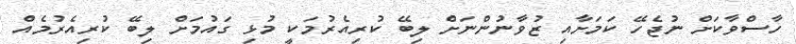
ހާސްވާކަށް ނުޖެހޭ ކަމަށާއި ޒުވާނުންނަށް ލިބޭ ކުރިއެރުމަކީ މުޅި ގައުމަށް ލިބޭ ކުރިއެރުމެއް